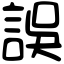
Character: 誤